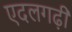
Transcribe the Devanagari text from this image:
एदलगढ़ी